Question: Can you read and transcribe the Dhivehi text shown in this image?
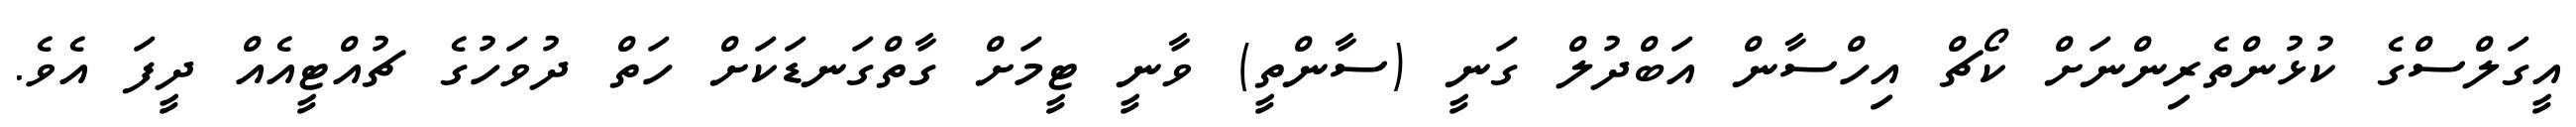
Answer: އީގަލްސްގެ ކުޅުންތެރިންނަށް ކޯޗް އިހްސާން އަބްދުލް ގަނީ (ސާންތީ) ވާނީ ޓީމަށް ގާތްގަނޑަކަށް ހަތް ދުވަހުގެ ޗުއްޓީއެއް ދީފަ އެވެ.